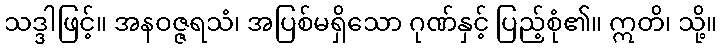
သဒ္ဒါဖြင့်။ အနဝဇ္ဇရသံ၊ အပြစ်မရှိသော ဂုဏ်နှင့် ပြည့်စုံ၏။ ဣတိ၊ သို့။